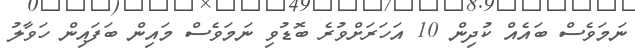
ނަމަވެސް ބައެއް ކުދިން 10 އަހަރަށްވުރެ ބޮޑުވި ނަމަވެސް މައިން ބަފައިން ހަވާލު